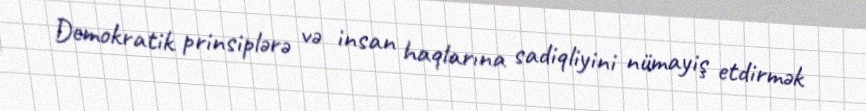
Demokratik prinsiplərə və insan haqlarına sadiqliyini nümayiş etdirmək